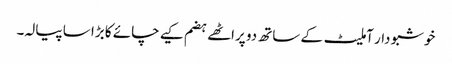
خوشبو دار آملیٹ کے ساتھ دو پراٹھے ہضم کیے چائے کا بڑا سا پیالہ۔